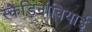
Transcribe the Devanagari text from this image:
स्कैंडिनावियाई